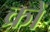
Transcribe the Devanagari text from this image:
क्रों